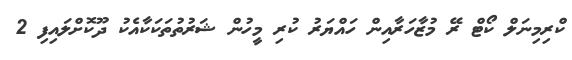
ކްރިމިނަލް ކޯޓް ރޭ މުޒާހަރާއިން ހައްޔަރު ކުރި މީހުން ޝަރުތުތަކަކާއެކު ދޫކޮށްލައިފި 2